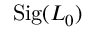
\mathrm { S i g } ( L _ { 0 } )